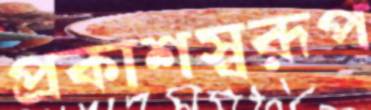
প্রকাশস্বরূপ